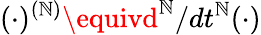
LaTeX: (\cdot)^{(\mathbb{N})}\equivd^{\mathbb{N}}/dt^{\mathbb{N}}(\cdot)